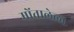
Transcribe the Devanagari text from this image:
मोंतालेला